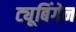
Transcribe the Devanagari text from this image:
ट्यूबिंगेन